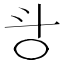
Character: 㪳